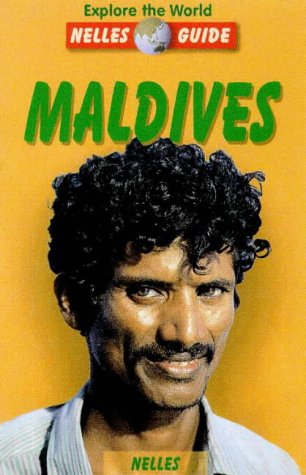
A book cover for Maldives (Nelles Guide Maldives); Nelles Verlag; Travel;